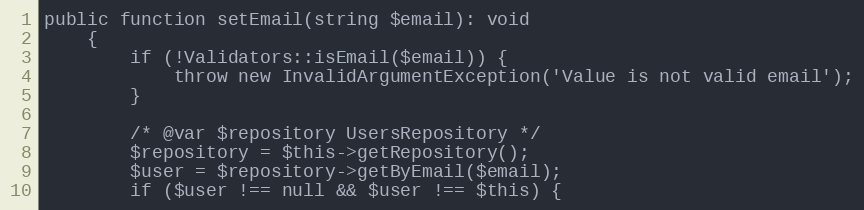
Language: PHP
public function setEmail(string $email): void
	{
		if (!Validators::isEmail($email)) {
			throw new InvalidArgumentException('Value is not valid email');
		}

		/* @var $repository UsersRepository */
		$repository = $this->getRepository();
		$user = $repository->getByEmail($email);
		if ($user !== null && $user !== $this) {